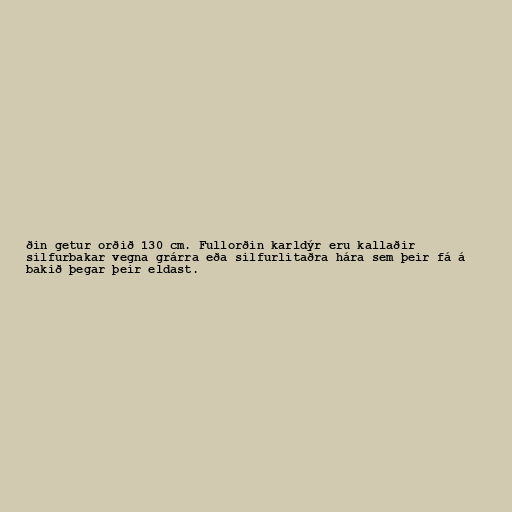
ðin getur orðið 130 cm. Fullorðin karldýr eru kallaðir
silfurbakar vegna grárra eða silfurlitaðra hára sem þeir fá á
bakið þegar þeir eldast.